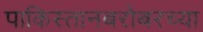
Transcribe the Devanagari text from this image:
पाकिस्तानबरोबरच्या